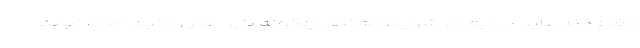
دفاع کند، باید ببنیم در شرایط مختلف چگونه باید عمل کنیم اما ما نباید